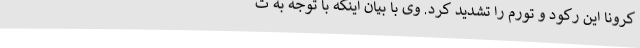
کرونا این رکود و تورم را تشدید کرد. وی با بیان اینکه با توجه به ت